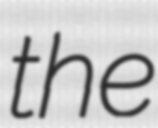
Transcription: the